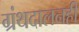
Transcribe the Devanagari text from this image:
ग्रंथदालनही